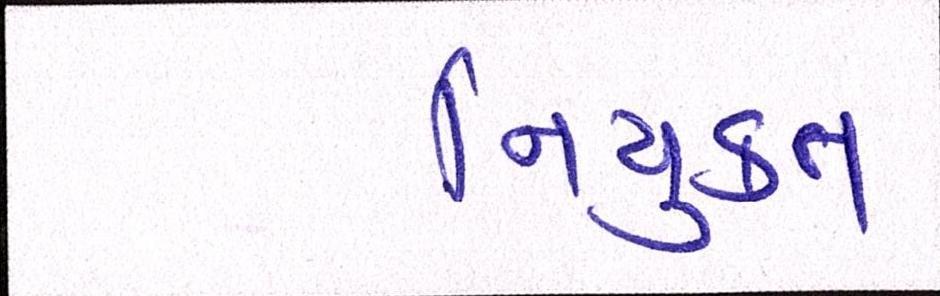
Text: નિયુકત